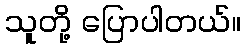
သူတို့ ပြောပါတယ်။